Reports on dispensaries and lunatic asylums in the Province of Oudh - 1869-1876
Year: 1869
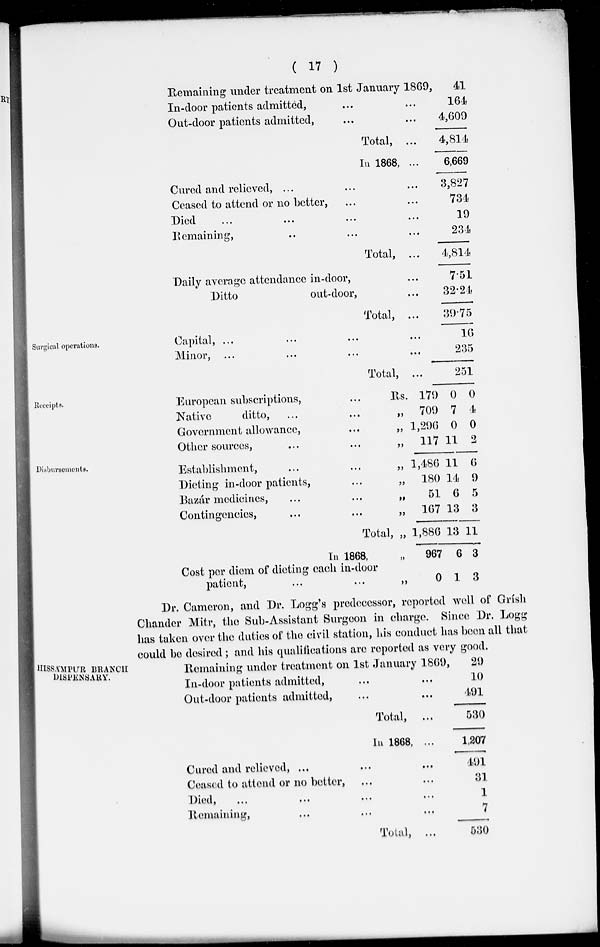
( 17 )
Remaining under treatment on 1st January 1869,
In-door patients admitted, ... ...
Out-door patients admitted, ... ...
Total, ...
In 1868, ...
Cured and relieved, ... ... ...
Ceased to attend or no better, ... ...
Died, ... ... ... ...
Remaining, ... ... ...
Total, ...
Daily average attendance in-door, ...
Ditto
out-door, ...
Total, ...
41
164
4,609
4,814
6,669
3,827
734
19
234
4,814
7.51
32.24
39.75
Surgical operations.
Capital,
...
...
...
...
Minor,
...
...
...
...
Total, ...
10
235
251
Receipts.
European subscriptions, ...
Native
ditto, ... ...
Government allowance, ...
Other sources, ... ...
Rs.
„
„
„
179
709
1,296
117
0
7
0
11
0
4
0
2
Disbursements.
Establishment, ... ...
Dieting in-door patients, ...
Bazár medicines, ... ...
Contingencies, ... ...
Total,
In 1868,
Cost per diem of dieting each in-door
patient, ... ...
„
„
„
„
„
„
„
1,486
180
51
167
1,886
967
0
11
14
6
13
13
6
1
6
9
5
3
11
3
3
Dr. Cameron, and Dr. Logg's predecessor, reported well of Grísh
Chander Mitr, the Sub-Assistant Surgeon in charge. Since Dr. Logg
has taken over the duties of the civil station, his conduct has been all that
could be desired ; and his qualifications are reported as very good.
HISSAMPUR BRANCH
DISPENSARY.
Remaining under treatment on 1st January 1869,
In-door patients admitted, ... ...
Out-door patients admitted, ... ...
Total, ...
In 1868, ...
Cured and relieved, ... ... ...
Ceased to attend or no better, ... ...
Died,
...
...
...
...
Remaining, ... ... ...
Total, ...
29
10
491
530
1,207
491
31
1
7
530